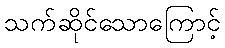
သက်ဆိုင်သောကြောင့်